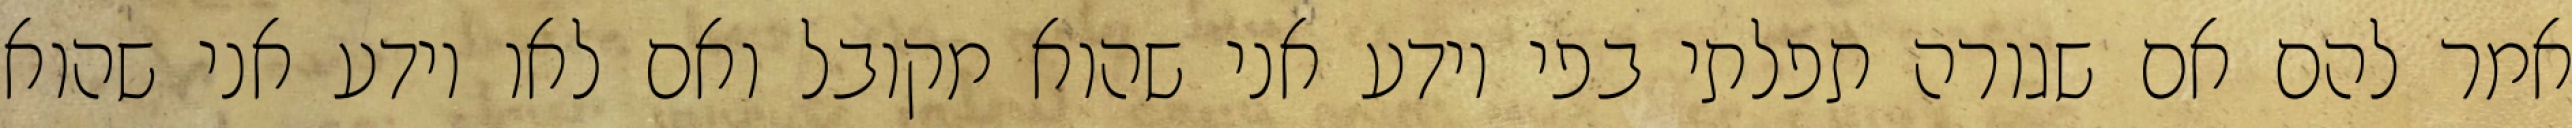
אמר להם אם שגורה תפלתי בפי יודע אני שהוא מקובל ואם לאו יודע אני שהוא